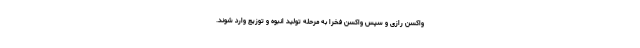
واکسن رازی و سپس واکسن فخرا به مرحله تولید انبوه و توزیع وارد شوند.